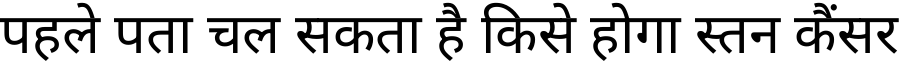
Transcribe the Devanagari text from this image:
पहले पता चल सकता है किसे होगा स्तन कैंसर